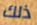
ذلك